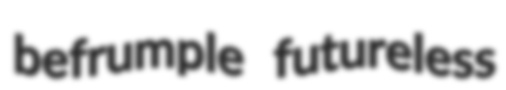
befrumple futureless